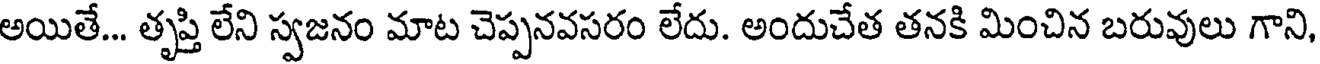
అయితే... తృప్తి లేని స్వజనం మాట చెప్పనవసరం లేదు. అందుచేత తనకి మించిన బరువులు గాని,